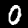
Digit: 0